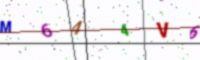
Text: M644V6